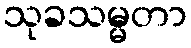
သုခသမ္မတာ